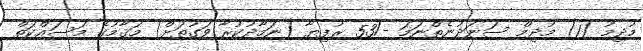
މުދިމު (1) މުދިމް ސަނަދުނެތްނަމަ -/53 ރުފިޔާ (ނަމާދުކުރާ ވަގުތަށް) މަޤާމުގެ މަސައްކަތް